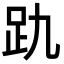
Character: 𮛂